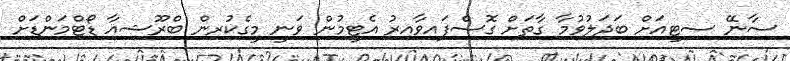
ސާނޭ ސިޓީއަށް ބަދަލުވުމާ ގާތަށް ގޮސްފައިވާއިރު އެޓީމުން ވަނީ މީގެކުރިން ބްރޫޝިއާ ޑޯޓްމަންޑަށް